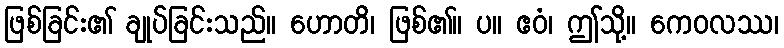
ဖြစ်ခြင်း၏ ချုပ်ခြင်းသည်။ ဟောတိ၊ ဖြစ်၏။ ပ။ ဧဝံ၊ ဤသို့။ ကေဝလဿ၊